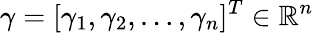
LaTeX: \gamma=[\gamma_{1},\gamma_{2},\dots,\gamma_{n}]^{T}\in\mathbb{R}^{n}